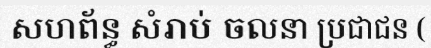
សហព័ន្ធ សំរាប់ ចលនា ប្រជាជន (